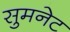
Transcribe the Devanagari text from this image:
सुमनेट